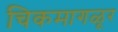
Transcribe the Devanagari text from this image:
चिकमागळूर